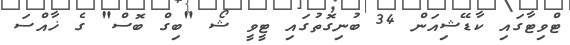
ޓްވިޓާގައި ކާޑޭޝިއަން 34 ބުނިގޮތުގައި ޓީވީ ޝޯ "ބިގް ބޮސް" ގެ ޚާއްސަ